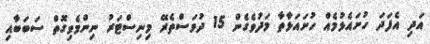
އަދި އެފަދަ ހުށައެޅުމެއް ހުށައަޅާތާ މަދުވެގެން 15 ދުވަސްތެރޭ މިނިސްޓަރު ނިންމެވިގޮތް ސަބަބާއި